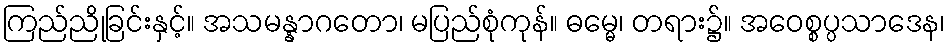
ကြည်ညိုခြင်းနှင့်။ အသမန္နာဂတော၊ မပြည်စုံကုန်။ ဓမ္မေ၊ တရား၌။ အဝေစ္စပ္ပသာဒေန၊